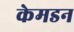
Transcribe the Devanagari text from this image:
केमडन